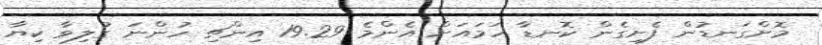
މޮށްގަނޑުން ފެށިގެން ކޮނޑާ ހަމައަށް އެންމެ 19.29 އިންޗި ހުންނަ ގުލިވާ ކިޔާ